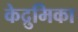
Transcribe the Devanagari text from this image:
केद्रुमिका